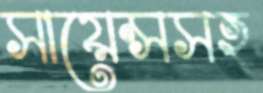
সায়েন্সসহ